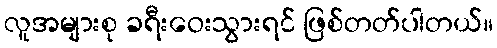
လူအများစု ခရီးဝေးသွားရင် ဖြစ်တတ်ပါတယ်။